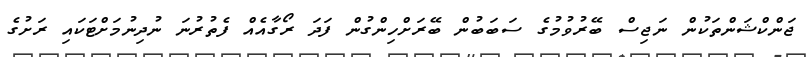
ޖަންކްޝަންތަކުން ނަޖިސް ބޭރުވުމުގެ ސަބަބުން ބޭރަށްހިންގުން ފަދަ ރޯގާއެއް ފެތުރުނަ ނުދިނުމަށްޓަކައި ރަށުގެ